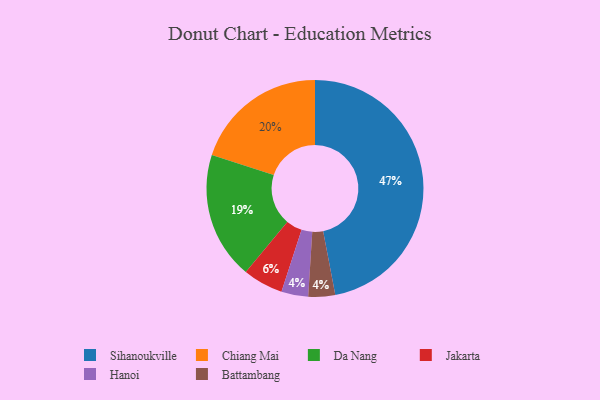
{"axis": {"x": "Category", "y": "Percentage"}, "legend": ["Battambang", "Chiang Mai", "Da Nang", "Hanoi", "Jakarta", "Sihanoukville"], "data": [{"x": "Hanoi", "y": 4, "type": "Hanoi"}, {"x": "Da Nang", "y": 19, "type": "Da Nang"}, {"x": "Chiang Mai", "y": 20, "type": "Chiang Mai"}, {"x": "Battambang", "y": 4, "type": "Battambang"}, {"x": "Sihanoukville", "y": 47, "type": "Sihanoukville"}, {"x": "Jakarta", "y": 6, "type": "Jakarta"}]}